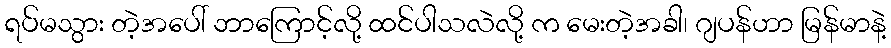
ရပ်မသွား တဲ့အပေါ် ဘာကြောင့်လို့ ထင်ပါသလဲလို့ က မေးတဲ့အခါ၊ ဂျပန်ဟာ မြန်မာနဲ့